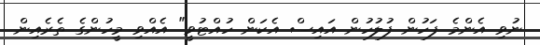
ނުވި އެންމެ ފަހުން ފުލުހުން އައިސް އެކަން ހުއްޓުވީ" އެއްވި މީހުންގެ ތެރެއިން